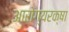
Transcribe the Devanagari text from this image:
आरोग्यरक्षा